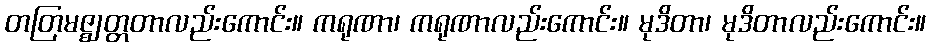
တတြမဇ္ဈတ္တတာလည်းကောင်း။ ကရုဏာ၊ ကရုဏာလည်းကောင်း။ မုဒိတာ၊ မုဒိတာလည်းကောင်း။